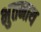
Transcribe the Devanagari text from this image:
भुतनाथ